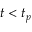
t < t _ { p }